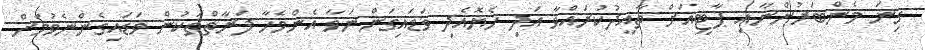
ގިނަ މެންބަރުންނާއި ޕާޓީއަށް ތާއީދުކުރައްވާ އަދި ހެޔޮއެދި ވަޑައިގަންނަވާ އެންމެހާ ފަރާތްތަކުން ވަޑައިގެންނެވުމަށް